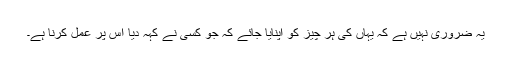
یہ ضروری نہیں ہے کہ یہاں کی ہر چیز کو اپنایا جائے کہ جو کسی نے کہہ دیا اُس پر عمل کرنا ہے۔